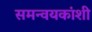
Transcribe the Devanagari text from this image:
समन्वयकांशी